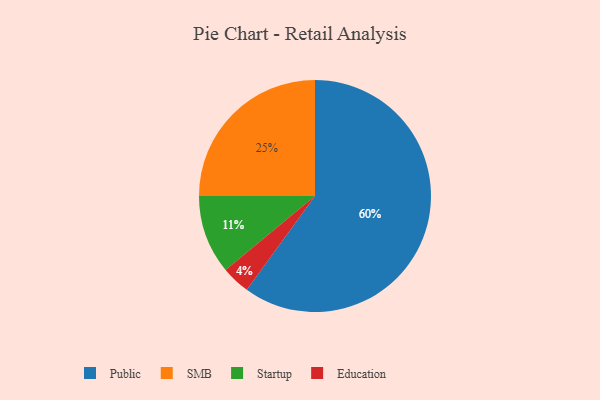
{"axis": {"x": "Category", "y": "Percentage"}, "legend": ["Education", "Public", "SMB", "Startup"], "data": [{"x": "Education", "y": 4, "type": "Education"}, {"x": "SMB", "y": 25, "type": "SMB"}, {"x": "Startup", "y": 11, "type": "Startup"}, {"x": "Public", "y": 60, "type": "Public"}]}